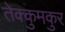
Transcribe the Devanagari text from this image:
तेक्कुमकुर